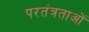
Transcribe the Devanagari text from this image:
परतंत्रताओं